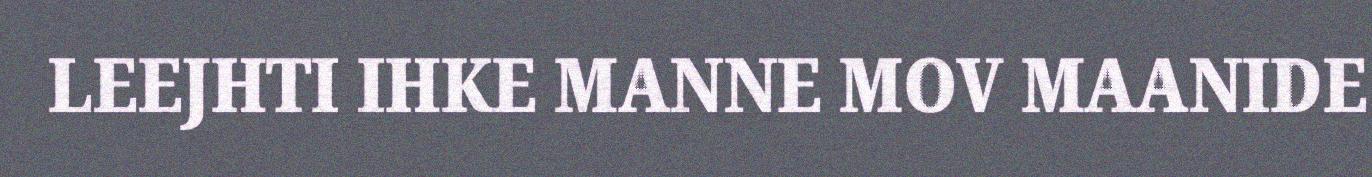
LEEJHTI IHKE MANNE MOV MAANIDE